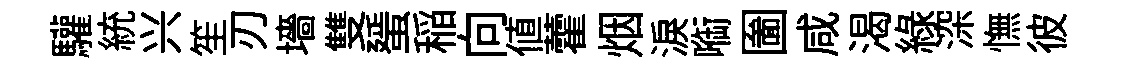
驩統兴笙刃墻雙蜑稲向値藿烟淚㗸圗咸渴緑深憮彼